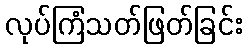
လုပ်ကြံသတ်ဖြတ်ခြင်း